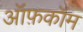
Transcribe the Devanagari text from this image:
ऑफ़कॉम